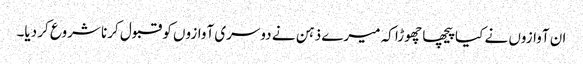
ان آوازوں نے کیا پیچھا چھوڑا کہ میرے ذہن نے دوسری آوازوں کو قبول کرنا شروع کر دیا۔